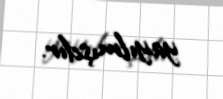
yayılmışdır.